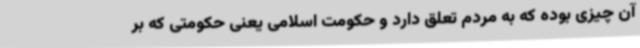
آن چیزی بوده که به مردم تعلق دارد و حکومت اسلامی یعنی حکومتی که بر